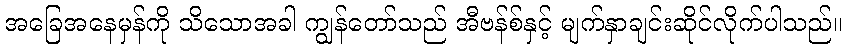
အခြေအနေမှန်ကို သိသောအခါ ကျွန်တော်သည် အီဗန်စ်နှင့် မျက်နှာချင်းဆိုင်လိုက်ပါသည်။